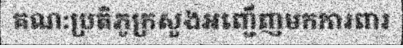
គណ:ប្រតិភូក្រសួងអញ្ជើញមកការពារ